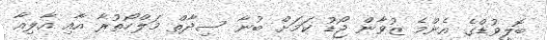
ބޮލީވުޑްގެ އެންމެ ޒުވާން ޖޯޑު ކަމަށް ބުނާ ސިދާތް މަލްހޯތުރާ އާއި އާލިއާ